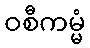
ဝစီကမ္မံ